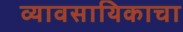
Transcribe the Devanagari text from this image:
व्यावसायिकाचा